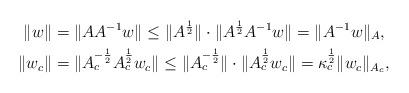
LaTeX: \begin{align*}\|w\| &= \|AA^{-1}w\| \le \|A^\frac{1}{2}\| \cdot \|A^\frac{1}{2}A^{-1}w\|= \|A^{-1}w\|_A , \\\|w_c\| &= \|A_c^{-\frac{1}{2}}A_c^\frac{1}{2}w_c\| \le \|A_c^{-\frac{1}{2}}\| \cdot \|A_c^\frac{1}{2}w_c\|= \kappa_c^\frac{1}{2} \|w_c\|_{A_c} , \end{align*}